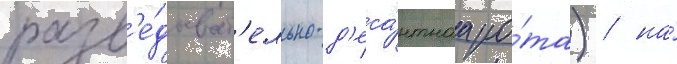
разв'е́дыват'ельно-д'еса́нтнаа ро́та) / на́